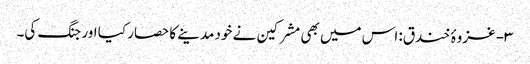
۳- غزوۂ خندق: اس میں بھی مشرکین نے خود مدینے کا حصار کیا اور جنگ کی۔